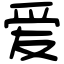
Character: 爱